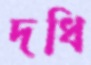
দধি